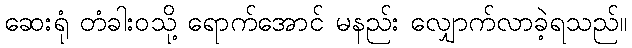
ဆေးရုံ တံခါးဝသို့ ရောက်အောင် မနည်း လျှောက်လာခဲ့ရသည်။